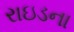
રાઇડના